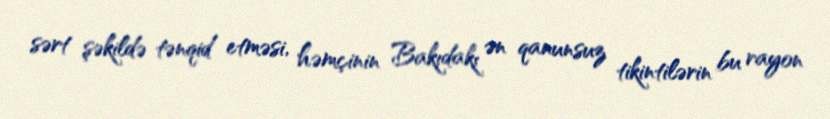
sərt şəkildə tənqid etməsi, həmçinin Bakıdakı ən qanunsuz tikintilərin bu rayon